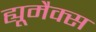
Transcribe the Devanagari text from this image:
ह्यूमैक्स